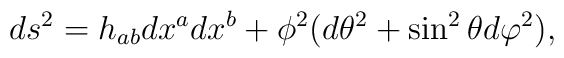
ds^2 =  h_{ab} dx^a dx^b + \phi^2 ( d\theta^2 + \sin^2\theta d\varphi^2 ),